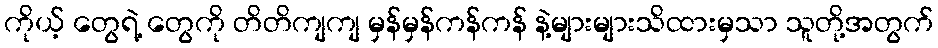
ကိုယ့် တွေရဲ့ တွေကို တိတိကျကျ မှန်မှန်ကန်ကန် နဲ့များများသိထားမှသာ သူတို့အတွက်